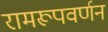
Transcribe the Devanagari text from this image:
रामरूपवर्णन